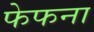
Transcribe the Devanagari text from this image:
फेफना